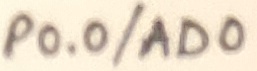
Text: P0.0/AD0